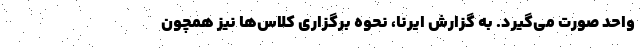
واحد صورت می‌گیرد. به گزارش ایرنا، نحوه برگزاری کلاس‌ها نیز همچون